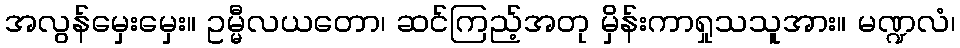
အလွန်မှေးမှေး။ ဥမ္မီလယတော၊ ဆင်ကြည့်အတု မှိန်းကာရှုသသူအား။ မဏ္ဍလံ၊